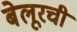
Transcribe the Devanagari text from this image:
बेलूरची